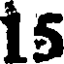
15